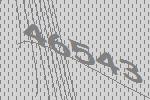
46543